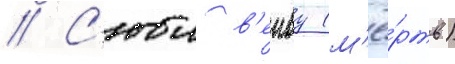
// С'юи в'енву (м'ё́ртв)